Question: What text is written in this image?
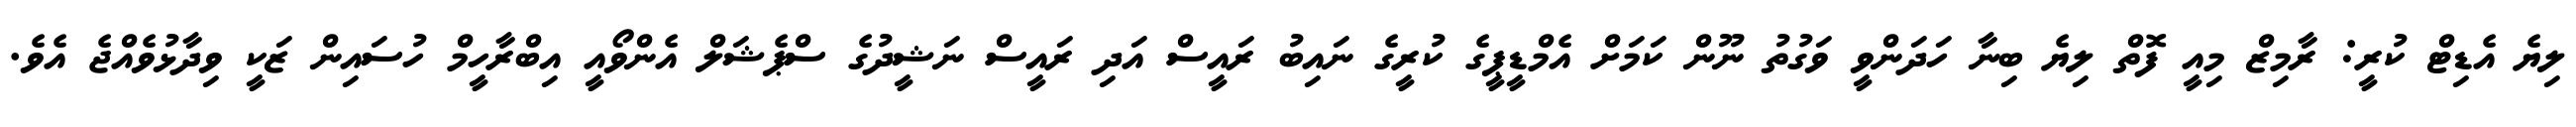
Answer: ލިޔެ އެޑިޓް ކުރީ: ރާމިޒް މިއީ ފޮތް ލިޔެ ބިނާ ހަދަންވީ ވަގުތު ނޫން ކަމަށް އެމްޑީޕީގެ ކުރީގެ ނައިބު ރައީސް އަދި ރައީސް ނަޝީދުގެ ސްޕެޝަލް އެންވޯއީ އިބްރާހީމް ހުސައިން ޒަކީ ވިދާޅުވެއްޖެ އެވެ.